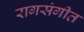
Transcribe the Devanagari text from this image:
रागसंगीत